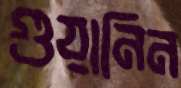
গুয়ানিন